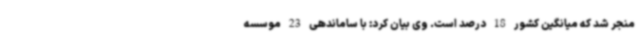
منجر شد که میانگین کشور 18 درصد است. وی بیان کرد: با ساماندهی 23 موسسه